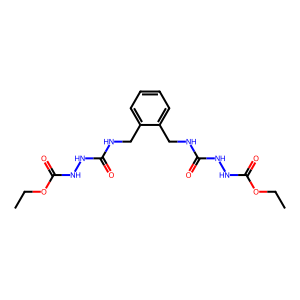
SMILES: CCOC(=O)NNC(=O)NCc1ccccc1CNC(=O)NNC(=O)OCC
Inhibits HIV replication: No